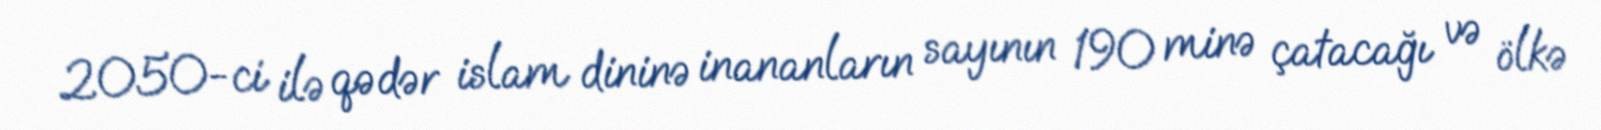
2050-ci ilə qədər islam dininə inananların sayının 190 minə çatacağı və ölkə